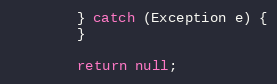
Language: Java
        } catch (Exception e) {
        }

        return null;